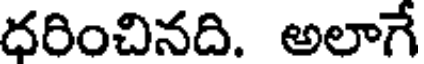
ధరించినది. అలాగే